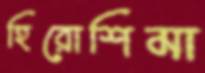
হিরোশিমা